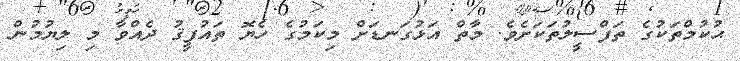
ޙުކުމްތަކުގެ ތަފްސީލުތަކަށެވެ. މާތް އަޅުގަނޑަށް މިކަމުގެ ހެޔޮ ތައުފީޤު ދެއްވާ މި ލިޔުމުން